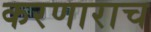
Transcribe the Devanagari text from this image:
करणाराच